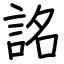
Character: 詺